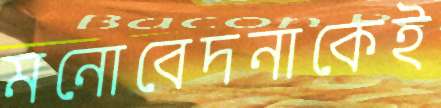
মনোবেদনাকেই